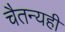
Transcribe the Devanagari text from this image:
चैतन्यही